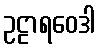
ဥဠာရဝေဒါ